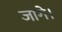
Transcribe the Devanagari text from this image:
जागे।